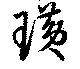
璜